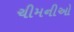
ચીમનીઓ